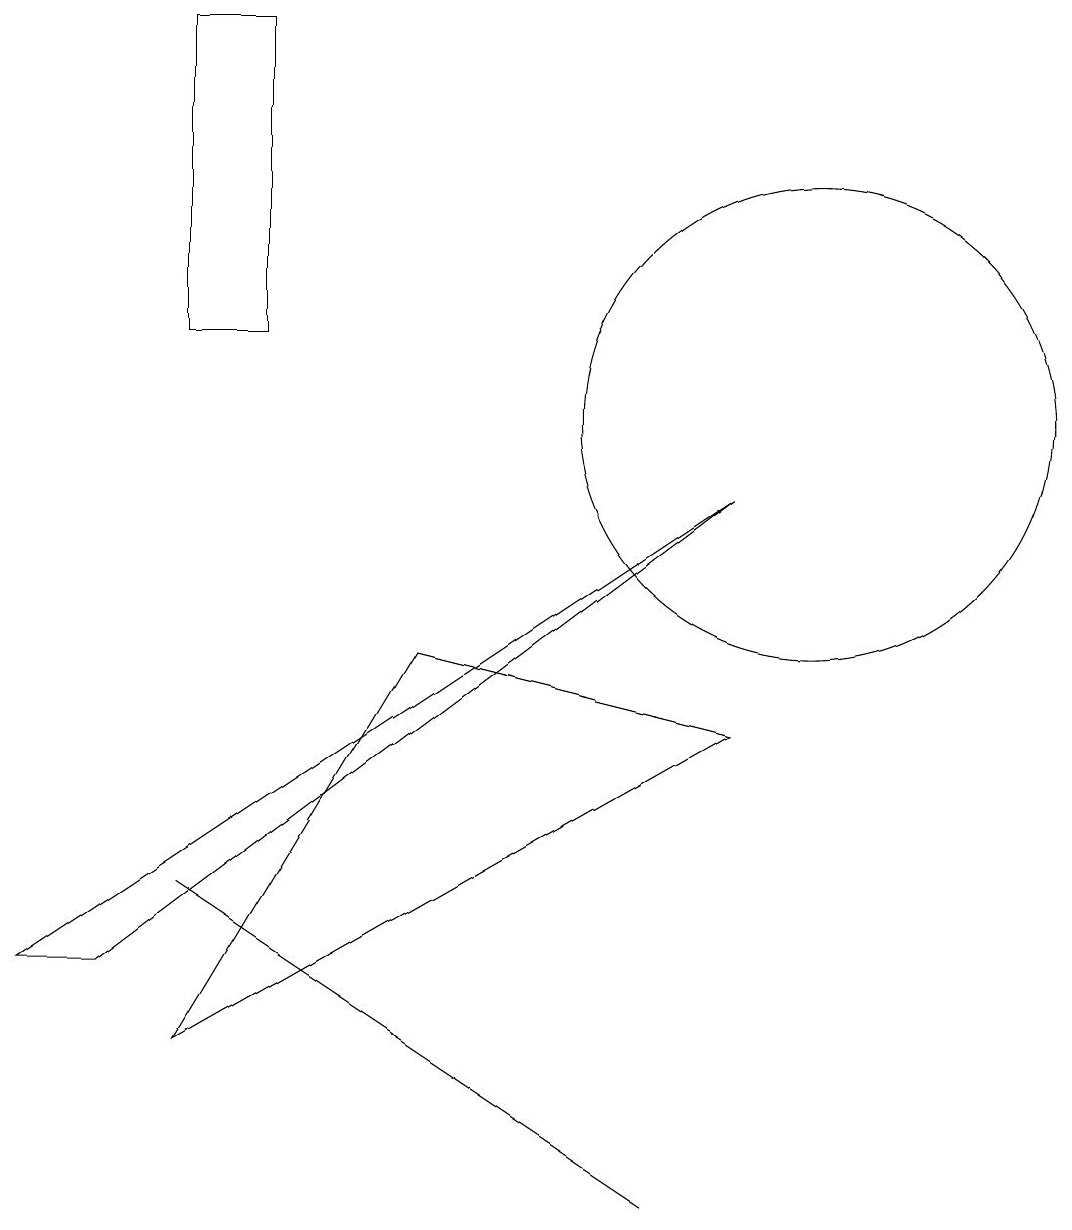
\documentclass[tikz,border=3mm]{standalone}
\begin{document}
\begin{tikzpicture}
\draw (10,10) circle (3);
\draw (2,4) -- (8,0) -- (5,2) -- cycle;
\draw (2,2) -- (5,7) -- (9,6) -- cycle;
\draw (0,3) -- (9,9) -- (1,3) -- cycle;
\draw (2,11) rectangle (3,15);
\draw (10,10) circle (0);
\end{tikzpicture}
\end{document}